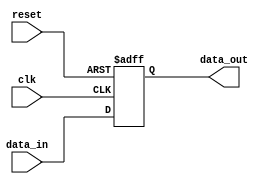
module edge_triggered_latch (
    input wire clk,
    input wire reset,
    input wire data_in,
    output reg data_out
);

reg latch_output;

always @(posedge clk or negedge reset) begin
    if (reset == 1'b0) begin
        latch_output <= 1'b0;
    end else begin
        latch_output <= data_in;
    end
end

assign data_out = latch_output;

endmodule